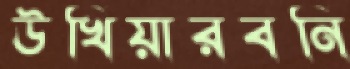
উখিয়ারবনি